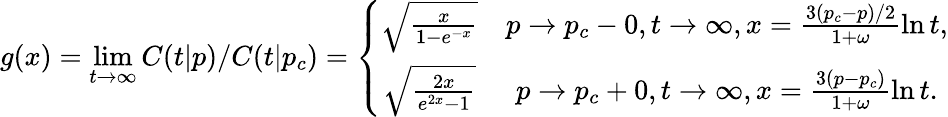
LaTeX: g(x)=\operatorname*{lim}_{t\to\infty}C(t|p)/C(t|p_{c})=\left\{ \begin{array}{cc}{\sqrt{\frac{x}{1-e^{-x}}}}&{p\to p_{c}-0,t\to\infty,x=\frac{3(p_{c}-p)/2}{1+\omega}\ln t,}\\ {\sqrt{\frac{2x}{e^{2x}-1}}}&{p\to p_{c}+0,t\to\infty,x=\frac{3(p-p_{c})}{1+\omega}\ln t.}\end{array}\right.